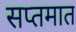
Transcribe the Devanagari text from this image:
सप्तमात